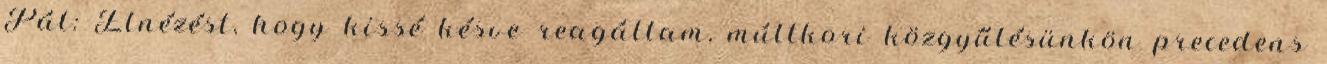
Pál: Elnézést, hogy kissé késve reagáltam, múltkori közgyűlésünkön precedens